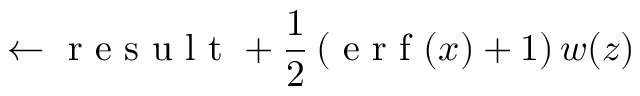
\leftarrow \mathrm { ~ r ~ e ~ s ~ u ~ l ~ t ~ } + \frac { 1 } { 2 } \left( \mathrm { ~ e ~ r ~ f ~ } ( x ) + 1 \right) w ( z )